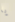
يا